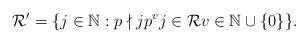
LaTeX: \begin{align*}\mathcal{R}' = \{ j \in \mathbb{N}: p \nmid j p^v j \in \mathcal{R} v \in \mathbb{N} \cup \{0\} \}.\end{align*}